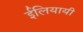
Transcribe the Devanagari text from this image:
ईलियायी